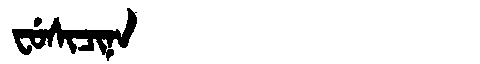
Manchu: ᠸᡠᠰᡳᠴᡳᠨᠠ
Romanization: FUSICINA